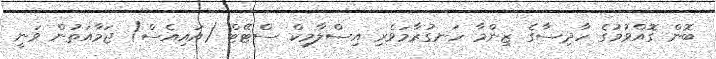
ބޮން ގޮއްވުމުގެ ހާދިސާގެ ޒިންމާ ހަނގުރާމަވެރި އިސްލާމިކް ސްޓޭޓް (އައިއެސް) ޖަމާއަތުން ވަނީ